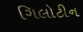
ગિલોટીન